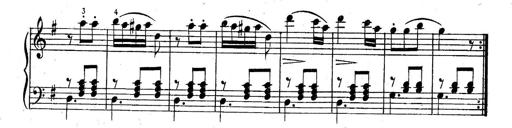
Title: 6 Easy Sonatinas
Composer: Carl Czerny